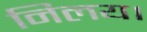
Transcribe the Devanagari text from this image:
निलय।